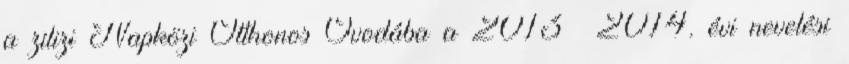
a zilizi Napközi Otthonos Óvodába a 2013 2014. évi nevelési